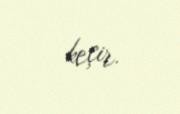
keçir.